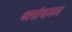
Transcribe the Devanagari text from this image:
असंघनन